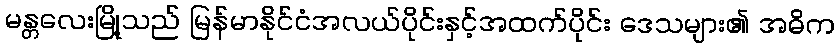
မန္တလေးမြို့သည် မြန်မာနိုင်ငံအလယ်ပိုင်းနှင့်အထက်ပိုင်း ဒေသများ၏ အဓိက